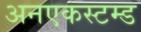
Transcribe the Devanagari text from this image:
अनएकस्टम्ड